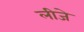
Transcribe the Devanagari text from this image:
लीजे